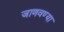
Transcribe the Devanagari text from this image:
जाणवण्या